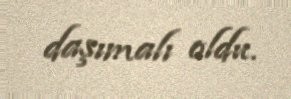
daşımalı oldu.